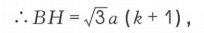
$\therefore BH=\sqrt{3}a(k + 1)$